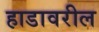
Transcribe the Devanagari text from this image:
हाडावरील